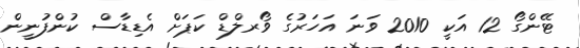
ޓޭންގޯ 12 އަކީ 2010 ވަނަ އަހަރުގެ ވޯރލްޑް ކަޕަށް އެޑިޑާސް ކުންފުނީން